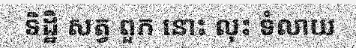
ទិដ្ឋិ សត្វ ពួក នោះ លុះ ទំលាយ